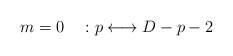
\begin{align*}m=0\quad: p\longleftrightarrow D-p-2 \end{align*}